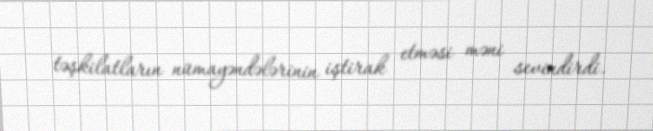
təşkilatların nümayəndələrinin iştirak etməsi məni sevindirdi.